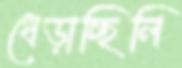
ধেড়াচ্ছিলি